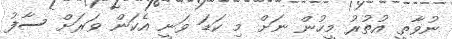
ނުވާތީ އުތުރު މީހުން ނަށް މި ކަޑަ ވަނީ އެކަން ވަރަށް ސާފު